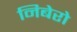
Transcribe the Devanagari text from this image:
निबेरो